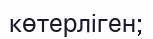
көтерліген;